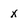
Character: x